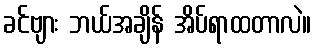
ခင်ဗျား ဘယ်အချိန် အိပ်ရာထတာလဲ။